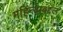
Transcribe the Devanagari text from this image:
महिन्याबद्दल